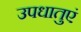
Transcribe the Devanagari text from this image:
उपधातुएं